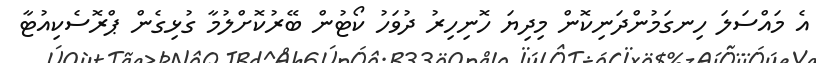
އެ މައްސަލަ ހިނގަމުންދަނިކޮން މިދިޔަ ހޮނިހިރު ދުވަހު ކޯޓުން ބޭރުކޮށްލުމާ ގުޅިގެން ޕްރޮސެކިއުޓާ